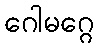
ဂေါမဂ္ဂေ